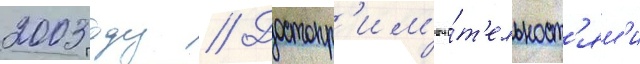
2003 году // Достопр'им'еча́т'ельност'ям'и